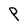
Character: P